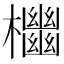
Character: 𣠭